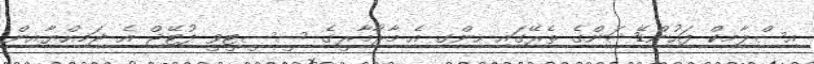
އިސްލާމިކް ފައުންޑޭޝަންގެ ތެރޭގައި ހިންގި އެ މާރާމާރީގެ ސީސީޓީވީ ފުޓޭޖް އެ ޖަމިއްޔާއިން